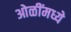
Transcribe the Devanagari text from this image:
ओळींमध्ये